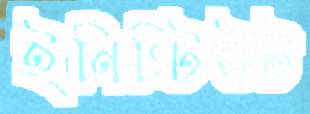
ইনিস্টিউট